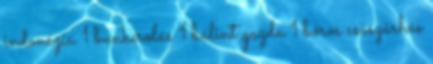
indonézia 1 bunkerolás 1 bálint gazda 1 bőrös császárhús